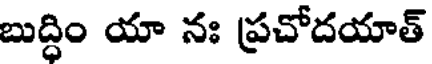
బుద్ధిం యా నః ప్రచోదయాత్